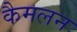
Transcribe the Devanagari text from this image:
कैमलन